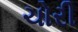
ચોરી